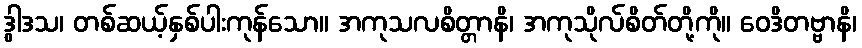
ဒွါဒသ၊ တစ်ဆယ့်နှစ်ပါးကုန်သော။ အကုသလစိတ္တာနိ၊ အကုသိုလ်စိတ်တို့ကို။ ဝေဒိတဗ္ဗာနိ၊